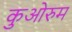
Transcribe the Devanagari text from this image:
कुओरुम